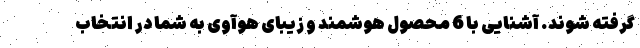
گرفته شوند. آشنایی با 6 محصول هوشمند و زیبای هوآوی به شما در انتخاب